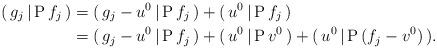
LaTeX: \begin{align*}(\,g_j\,|\,{\rm P\,}f_j\,)&=(\,g_j-u^0\,|\,{\rm P\,}f_j\,)+(\,u^0\,|\,{\rm P\,}f_j\,)\\&=(\,g_j-u^0\,|\,{\rm P\,}f_j\,)+(\,u^0\,|\,{\rm P\,}v^0\,)+(\,u^0\,|\,{\rm P\,}(f_j-v^0)\,).\end{align*}